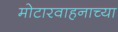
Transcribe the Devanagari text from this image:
मोटारवाहनाच्या